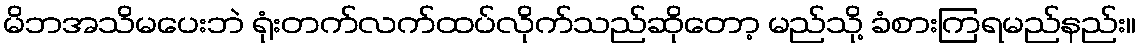
မိဘအသိမပေးဘဲ ရုံးတက်လက်ထပ်လိုက်သည်ဆိုတော့ မည်သို့ ခံစားကြရမည်နည်း။